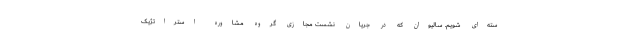
سته‌ای شویم. سالیوان که در جریان نشست مجازی گروه مشاوره استراتژیک